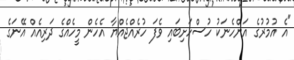
"އެ އުމުރުގެ އަންހެނަކު ހުސްހަށިބައި ވެފަ ހުރެއްޖެއްޔާ އެހެން މީހެއްގެ ދަރިއެއް އޭނަގެ